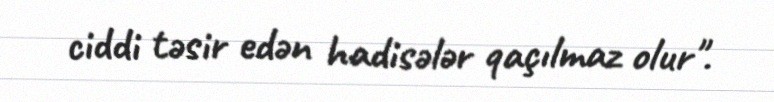
ciddi təsir edən hadisələr qaçılmaz olur".